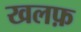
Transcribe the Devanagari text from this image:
खलफ़